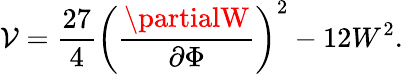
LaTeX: \mathcal{V}=\frac{{27}}{{4}}\left(\frac{{\partialW}}{{\partial\Phi}}\right)^{2}-12W^{2}.